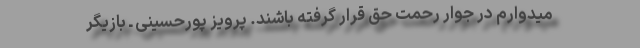
میدوارم در جوار رحمت حق قرار گرفته باشند. پرویز پورحسینی ـ بازیگر